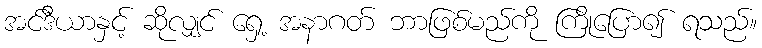
အင်ဒီယာနှင့် ဆိုလျှင် ရှေ့ အနာဂတ် ဘာဖြစ်မည်ကို ကြိုပြော၍ ရသည်။